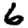
Digit: 6